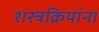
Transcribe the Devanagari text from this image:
शस्त्रक्रियांना